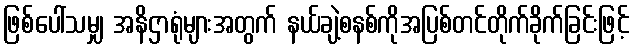
ဖြစ်ပေါ်သမျှ အနိဌာရုံများအတွက် နယ်ချဲ့စနစ်ကိုအပြစ်တင်တိုက်ခိုက်ခြင်းဖြင့်